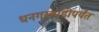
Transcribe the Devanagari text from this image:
धनगरवाडीपर्यंत